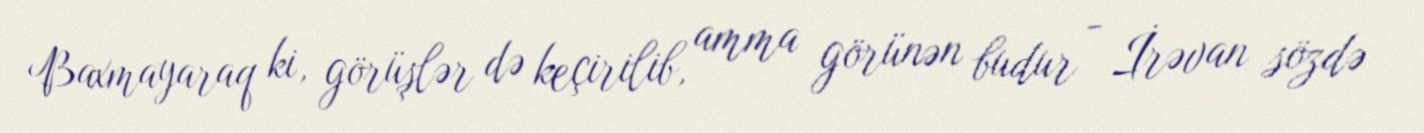
Baxmayaraq ki, görüşlər də keçirilib, amma görünən budur - İrəvan sözdə